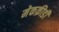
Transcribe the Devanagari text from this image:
मेकक्रीडी